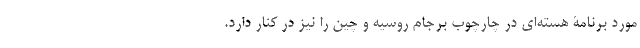
مورد برنامۀ هسته‌ای در چارچوب برجام روسیه و چین را نیز در کنار دارد.